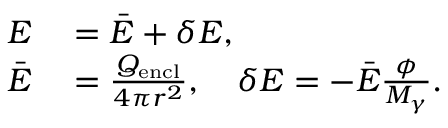
\begin{array} { r l } { E } & { { } = \bar { E } + \delta E , } \\ { \bar { E } } & { { } = \frac { Q _ { \mathrm { e n c l } } } { 4 \pi r ^ { 2 } } , \quad \delta E = - \bar { E } \frac { \phi } { M _ { \gamma } } . } \end{array}